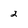
Character: 2